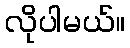
လိုပါမယ်။